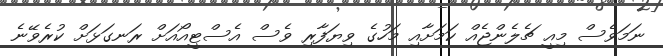
ނަމަވެސް މިއީ ޗެލެންޖެއް ކަމަށާއި މަހުގެ ވިޔަފާރި ވެސް އެސްޓީއޯއަށް ރަނގަޅަށް ކުރެވޭނެ